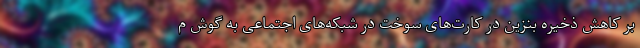
بر کاهش ذخیره بنزین در کارت‌های سوخت در شبکه‌های اجتماعی به گوش م